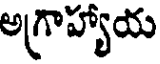
అగ్రాహ్యాయ